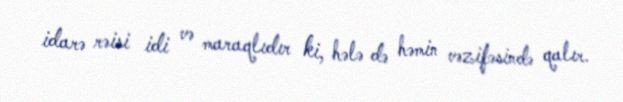
idarə rəisi idi və maraqlıdır ki, hələ də həmin vəzifəsində qalır.